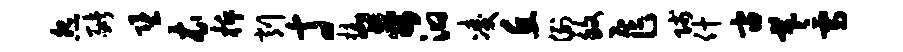
怨猪堕衣柝削寸杭哥汩凌丘例致乍贱什宙羲雪